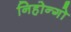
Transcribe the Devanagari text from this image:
निहोन्गो